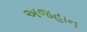
અજહાન